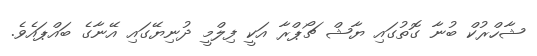
ޝާހްރުކް ބުނާ ގޮތުގައި ޔާޝް ޗޯޕްރާ އަކީ ފިލްމީ ދުނިޔޭގައި އޭނާގެ ބައްޕައެވެ.